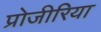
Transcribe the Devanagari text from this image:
प्रोजीरिया